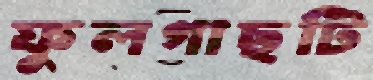
ফুলগাছটি